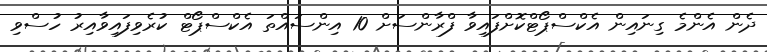
ދެން އެންމެ ގިނައިން އެކްސްޕޯޓްކޮށްފައިވާ ފްރާންސަށް 10 އިންސައްތަ އެކްސްޕޯޓް ކުރެވިފައިވާއިރު ހުސްވި